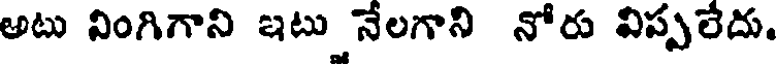
అటు వింగిగాని ఇటు నేలగాని నోరు విప్పలేదు.